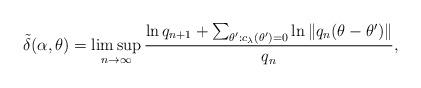
LaTeX: \begin{align*}\tilde{\delta}(\alpha,\theta)=\limsup_{n\to \infty} \frac{\ln q_{n+1}+\sum_{\theta ':c_{\lambda}(\theta ')=0}\ln \|q_n(\theta-\theta ')\|}{q_n},\end{align*}